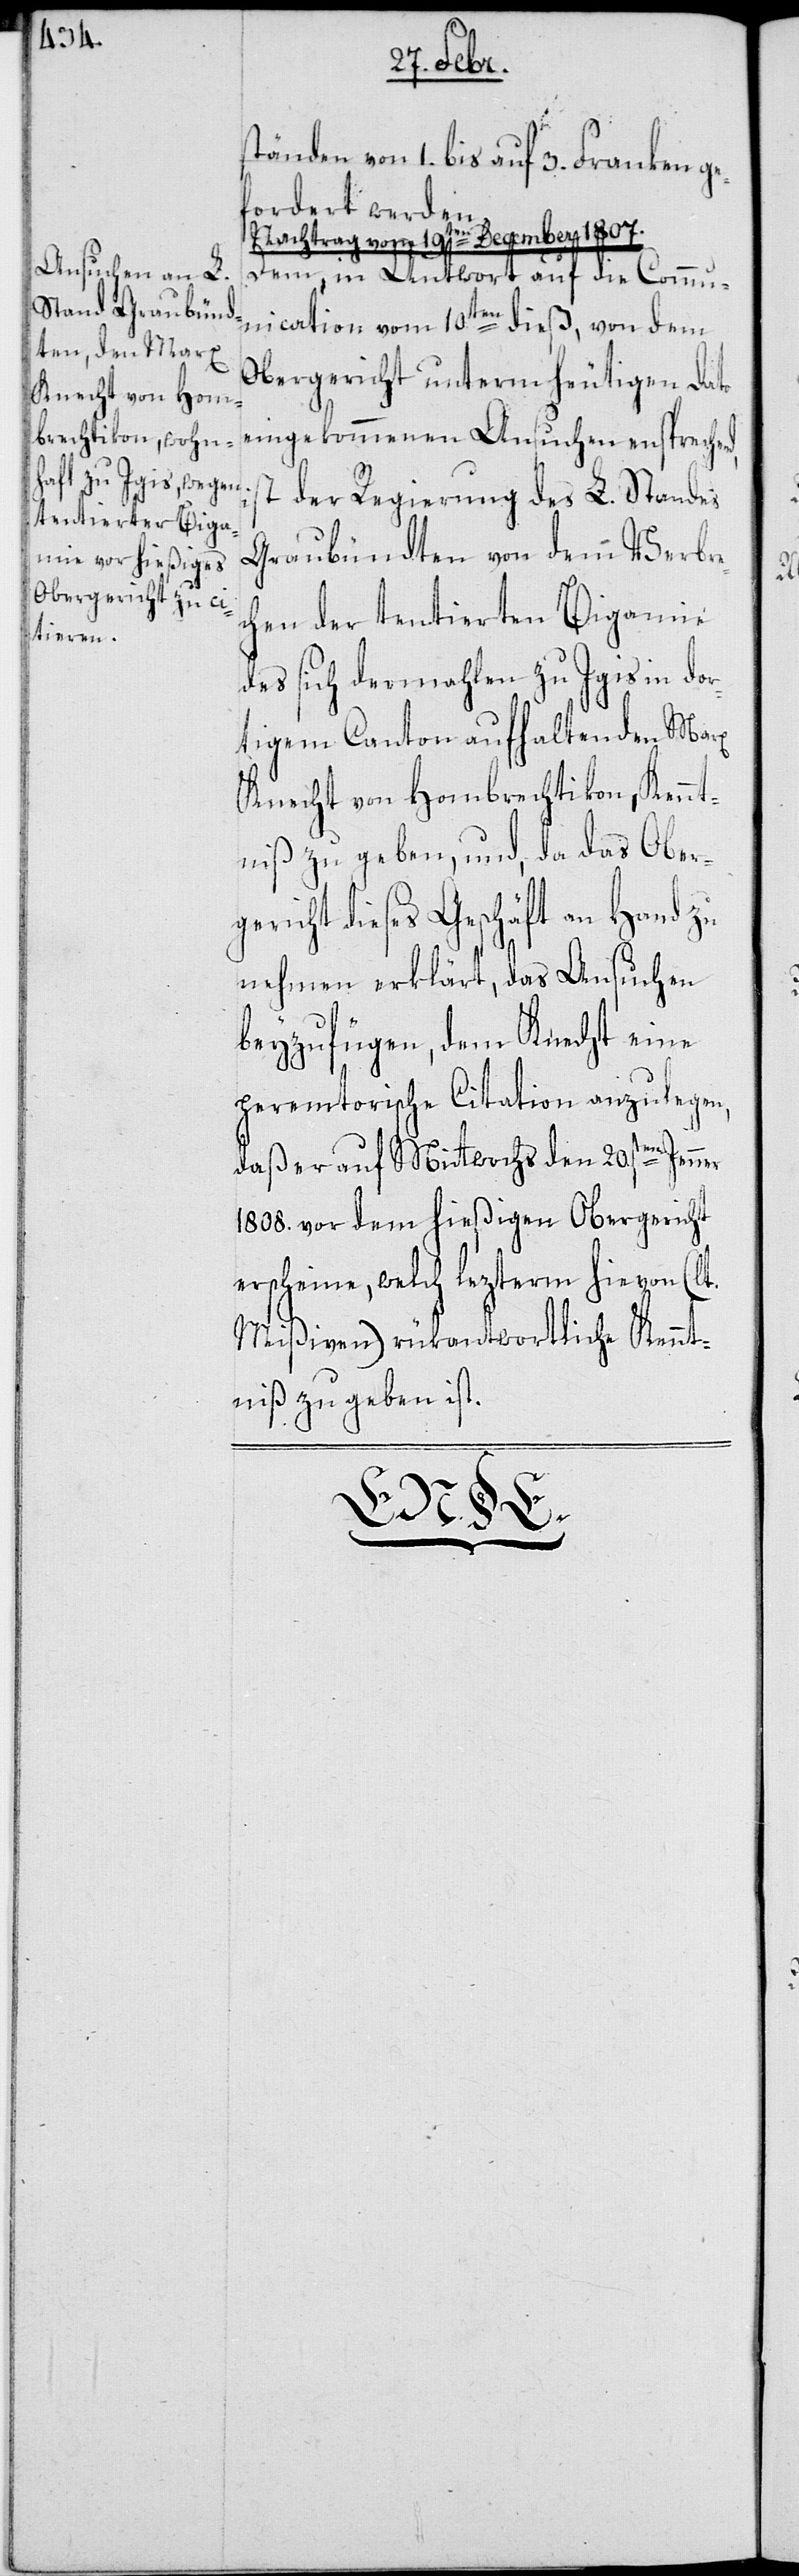
ständen von 1. bis auf 3. Franken ge¬
fordert werden.
Nachtrag vom 19ten December 1807.
Dem, in Antwort auf die Commu¬
nication, vom 10ten dieß, von dem
Obergericht unterm heutigen Dato
eingekommenen Ansuchen entsprechend,
der Regierung des L. Standes
Graubündten von dem Verbre¬
chen der tentierten Bigamie
des sich dermahlen zu Igis in dor¬
tigem Canton aufhaltenden Marx
Knecht von Hombrechtikon, Kennt¬
niß zu geben, und, da das Ober¬
gericht dieses Geschäft an Hand zu
nehmen erklärt, das Ansuchen
beyzufügen, dem Knecht eine
peremtorische Citation anzulegen,
daß er auf Mittwochs den 20sten Jenner
1808. vor dem hießgen Obergericht
erscheine, welch lezterm hievon (lt.
Mißiven) rükantwortliche Kennt¬
niß zu geben ist.